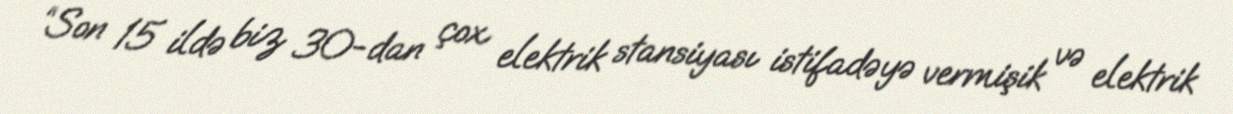
“Son 15 ildə biz 30-dan çox elektrik stansiyası istifadəyə vermişik və elektrik